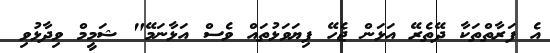
އެ ފަރާތްތަކާ ދޭތެރޭ އަޅަން ޖެހޭ ފިޔަވަޅުތައް ވެސް އަޅާނަމޭ" ޝަމީމް ވިދާޅުވި